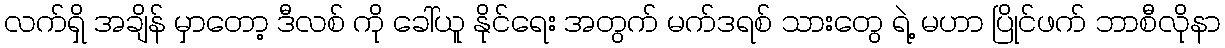
လက်ရှိ အချိန် မှာတော့ ဒီလစ် ကို ခေါ်ယူ နိုင်ရေး အတွက် မက်ဒရစ် သားတွေ ရဲ့ မဟာ ပြိုင်ဖက် ဘာစီလိုနာ